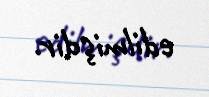
edilmişdir.